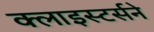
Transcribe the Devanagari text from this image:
क्लाइस्टर्सने